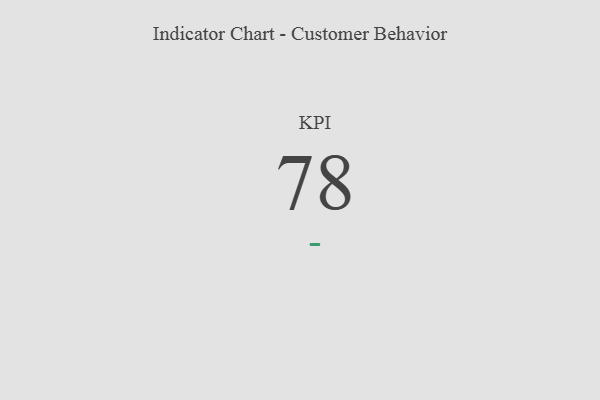
{"axis": {"x": "KPI", "y": "Value"}, "legend": [""], "data": [{"x": "KPI", "y": 78, "type": ""}]}